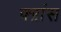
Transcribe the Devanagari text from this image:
फ्ऱांस